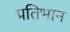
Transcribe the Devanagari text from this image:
प्रतिभान